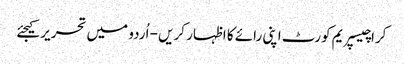
کراچیسپریم کورٹ اپنی رائے کا اظہار کریں - اُردو میں تحریر کیجئے